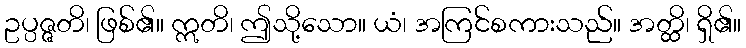
ဥပ္ပဇ္ဇတိ၊ ဖြစ်၏။ ဣတိ၊ ဤသို့သော။ ယံ၊ အကြင်စကားသည်။ အတ္ထိ၊ ရှိ၏။